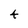
Character: 4